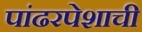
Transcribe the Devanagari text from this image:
पांढरपेशाची